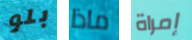
بلو ماذا إمراة